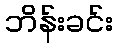
ဘိန်းခင်း